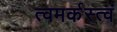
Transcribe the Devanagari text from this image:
त्वमर्कस्त्वं